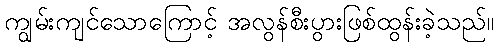
ကျွမ်းကျင်သောကြောင့် အလွန်စီးပွားဖြစ်ထွန်းခဲ့သည်။